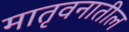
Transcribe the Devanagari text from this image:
मातृवनातील